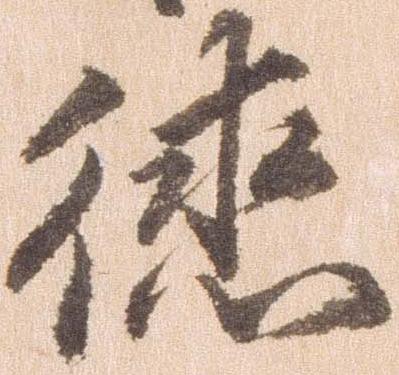
徳